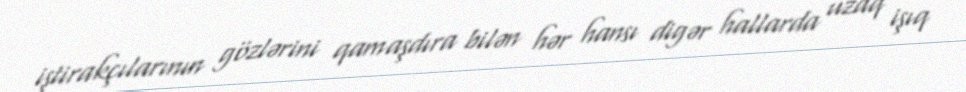
iştirakçılarının gözlərini qamaşdıra bilən hər hansı digər hallarda uzaq işıq